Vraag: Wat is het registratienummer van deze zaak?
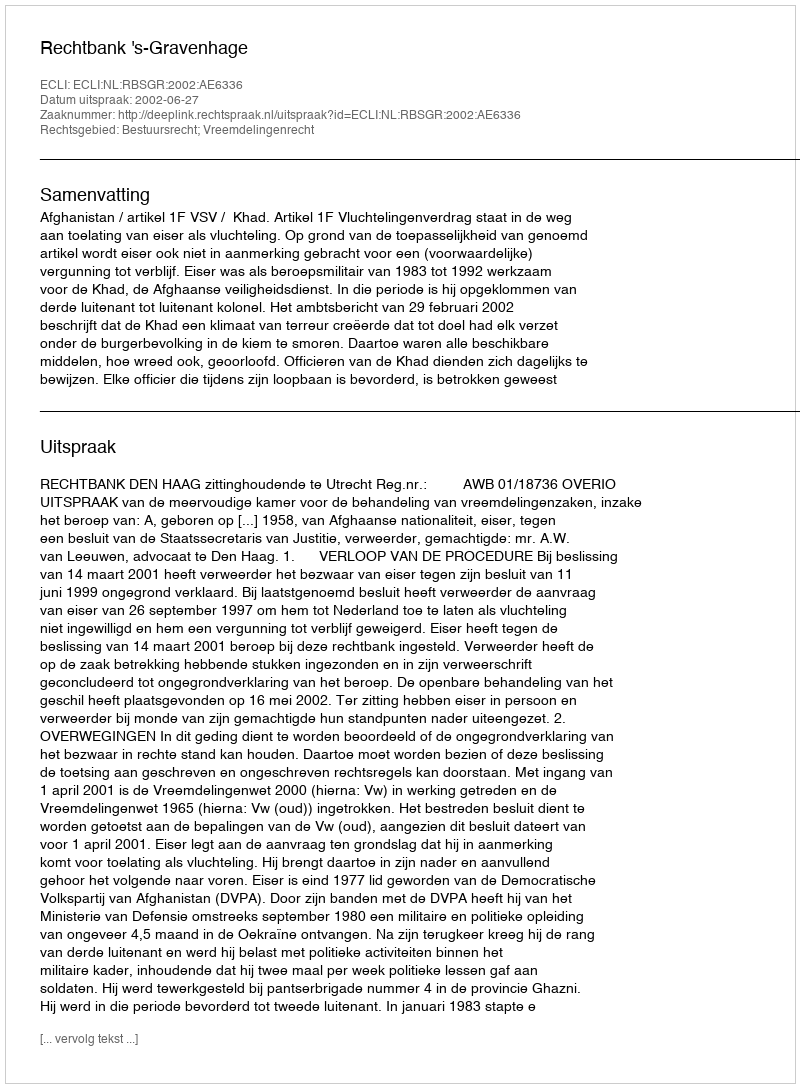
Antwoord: http://deeplink.rechtspraak.nl/uitspraak?id=ECLI:NL:RBSGR:2002:AE6336